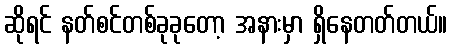
ဆိုရင် နတ်စင်တစ်ခုခုတော့ အနားမှာ ရှိနေတတ်တယ်။